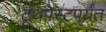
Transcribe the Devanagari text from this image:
टूथपेस्टपर्यंत